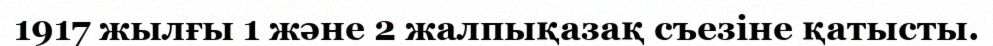
1917 жылғы 1 және 2 жалпықазақ съезіне қатысты.